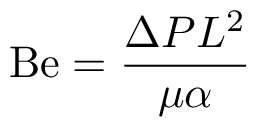
\mathrm { B e } = { \frac { \Delta P L ^ { 2 } } { \mu \alpha } }